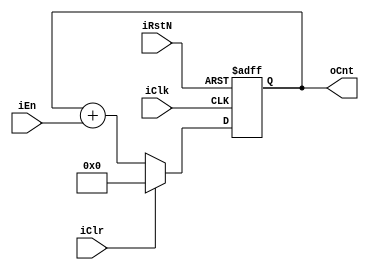
//Generates position of lsz
`ifndef cntwithen
`define cntwithen

module cntwithen #(
    parameter BITWIDTH = 4 //specifies bitwidth
) (
    input wire iClk, //clock
    input wire iRstN, //asynch reset active low
    input wire iEn, 
    input wire iClr, 
    output reg [BITWIDTH - 1:0] oCnt
);
    always@(posedge iClk or negedge iRstN) begin
        if(~iRstN) begin
            oCnt <= 0;
        end else begin
            if(iClr) begin
                oCnt <= 0;
            end else begin
                oCnt <= oCnt + iEn;
            end
        end
    end


endmodule

`endif